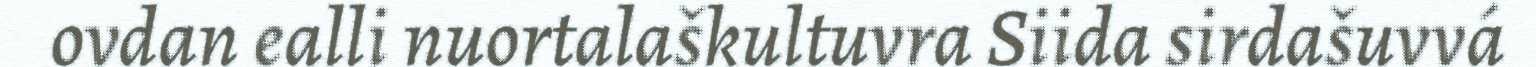
ovdan ealli nuortalaškultuvra Siida sirdašuvvá